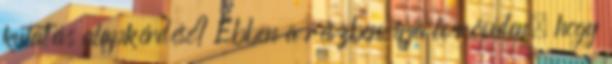
kutatás alapkérdése? Ebben a részben írja le röviden, hogy